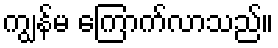
ကျွန်မ ကြောက်လာသည်။